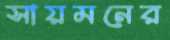
সায়মনের